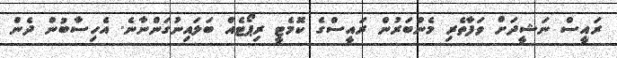
ރައީސް ނަޝީދަށް ވަފާތެރި މެންބަރުން ރައީސްގެ ކޮމެޓީ ރިޕޯޓެއް ބަލައިނުގަންނާނެ. އެހިސާބުން ދެން